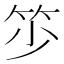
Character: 𥬃